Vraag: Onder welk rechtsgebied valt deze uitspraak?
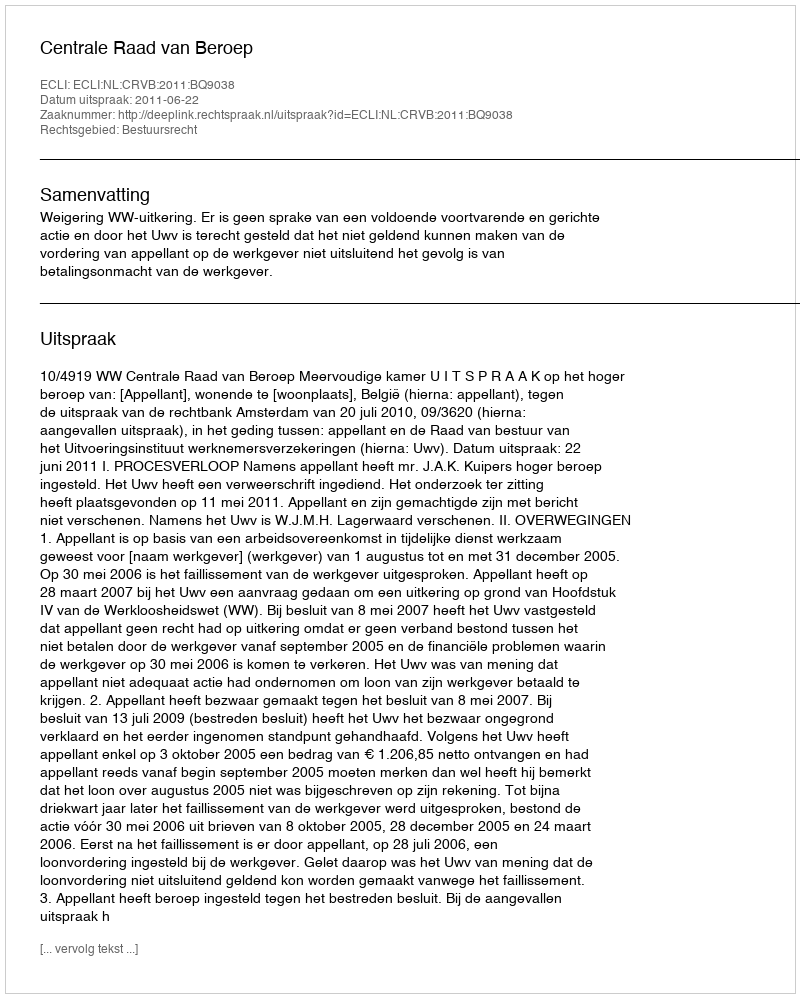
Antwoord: Bestuursrecht